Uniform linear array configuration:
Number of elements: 16
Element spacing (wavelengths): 0.75
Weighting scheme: hann
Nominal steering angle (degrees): -60
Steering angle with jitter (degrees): -61.744
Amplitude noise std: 0.05
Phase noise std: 0.05

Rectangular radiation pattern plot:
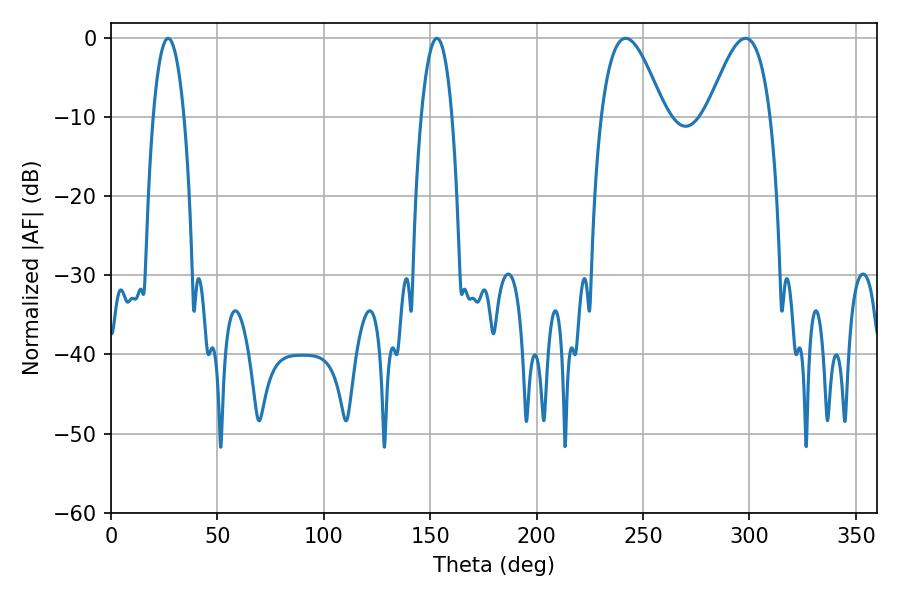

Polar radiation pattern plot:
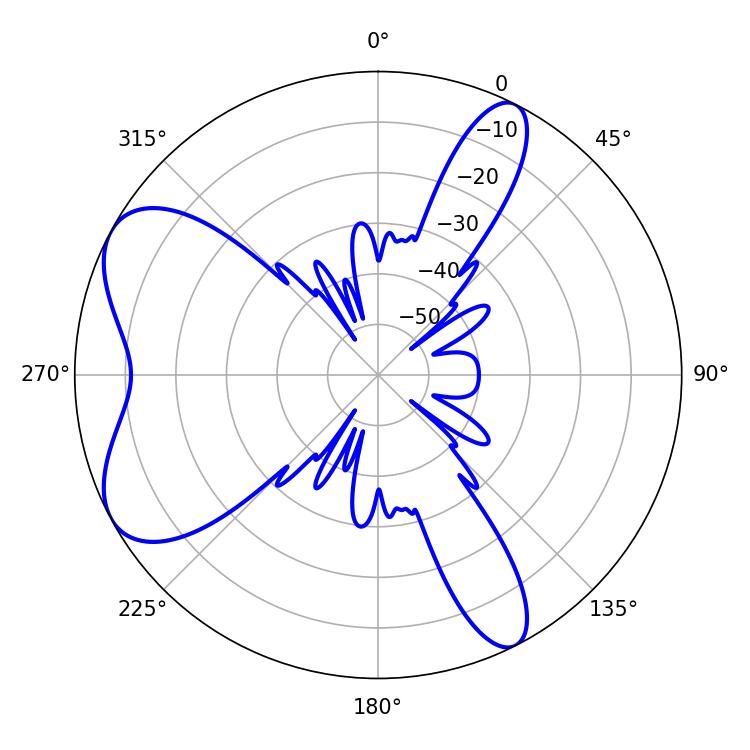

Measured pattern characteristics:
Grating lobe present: TRUE
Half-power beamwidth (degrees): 8.1
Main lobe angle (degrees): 26.82